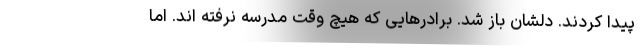
پیدا کردند. دلشان باز شد. برادرهایی که هیچ وقت مدرسه نرفته اند. اما